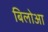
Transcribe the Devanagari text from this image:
बिलोआ